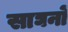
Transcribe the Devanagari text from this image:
साघनों